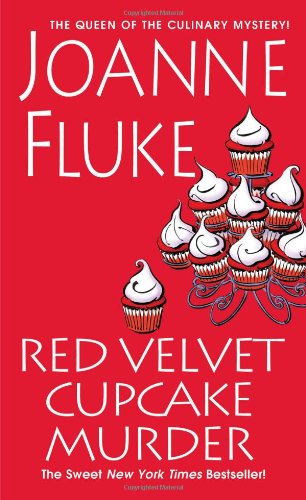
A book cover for Red Velvet Cupcake Murder (A Hannah Swensen Mystery); Joanne Fluke; Mystery, Thriller & Suspense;